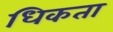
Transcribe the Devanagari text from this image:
धिकता